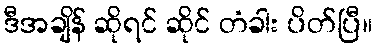
ဒီအချိန် ဆိုရင် ဆိုင် တံခါး ပိတ်ပြီ။